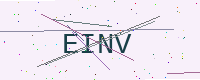
Text: EINV